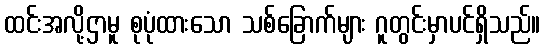
ထင်းအလို့ဌာမူ စုပုံထားသော သစ်ခြောက်များ ဂူတွင်းမှာပင်ရှိသည်။